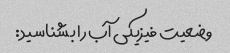
وضعیت فیزیکی آب را بشناسید: